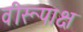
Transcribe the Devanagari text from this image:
वीरूपाक्ष